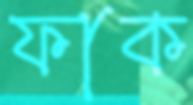
ফাক